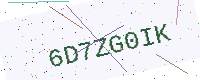
Text: 6D7ZG0IK